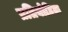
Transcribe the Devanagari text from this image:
प्रतियोहिता